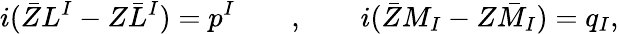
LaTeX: i(\bar{Z}L^{I}-Z\bar{L}^{I})=p^{I}\qquad,\qquad i(\bar{Z}M_{I}-Z\bar{M}_{I})=q_{I},